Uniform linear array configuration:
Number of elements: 24
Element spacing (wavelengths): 1
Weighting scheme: exponential
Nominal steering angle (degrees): -30
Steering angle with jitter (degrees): -29.43
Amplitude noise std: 0.05
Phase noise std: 0.05

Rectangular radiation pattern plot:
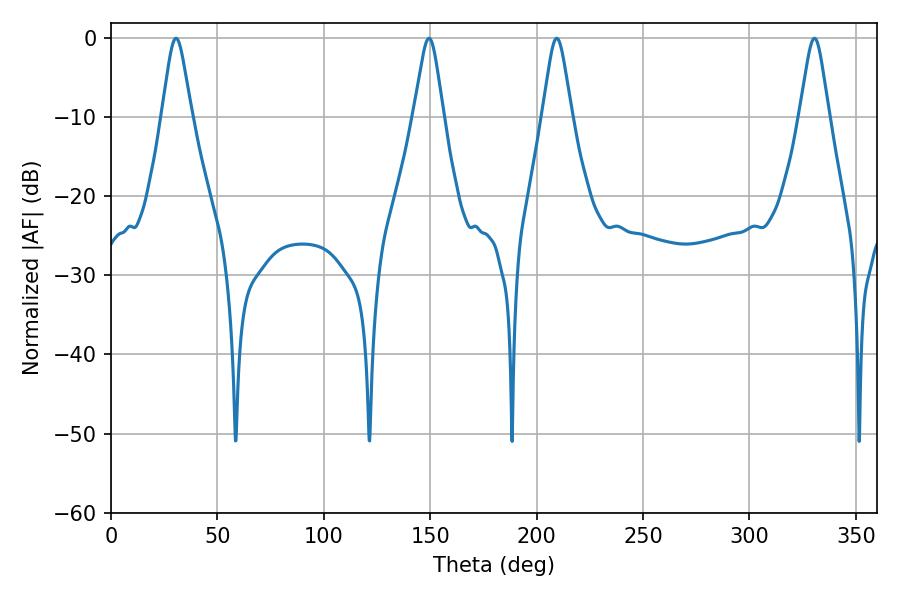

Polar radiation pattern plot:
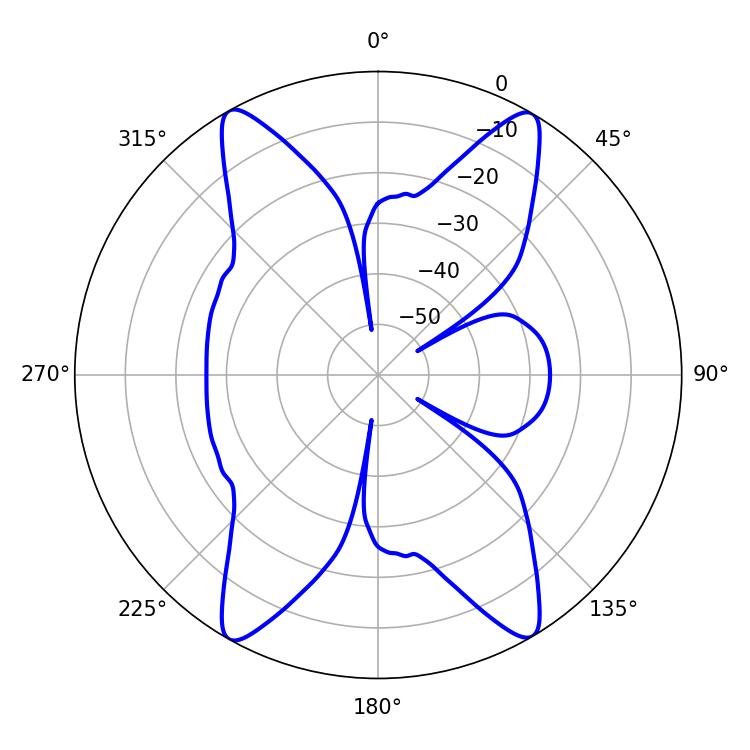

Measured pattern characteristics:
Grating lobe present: TRUE
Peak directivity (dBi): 26.254
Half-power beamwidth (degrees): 6.66
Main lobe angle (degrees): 149.4